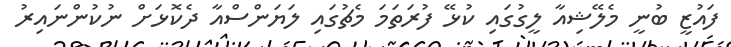
ފައުޒީ ބުނީ މެލޭޝިއާ ލީގުގައި ކުޅޭ ފުރަތަމަ މެޗުގައި ލަޔަންސްއާ ދެކޮޅަށް ނުކުންނައިރު